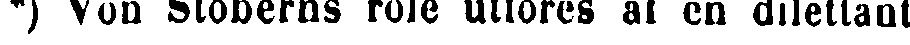
*) Von Stöberns role utföres af en dilettant.